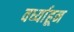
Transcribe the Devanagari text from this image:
वर्ध्याहून